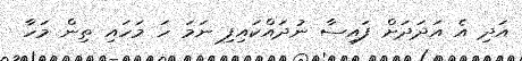
އަދި އެ އަދަދަށް ފައިސާ ނުދައްކައިފި ނަމަ ހަ މަހައި ތިން މަހާ